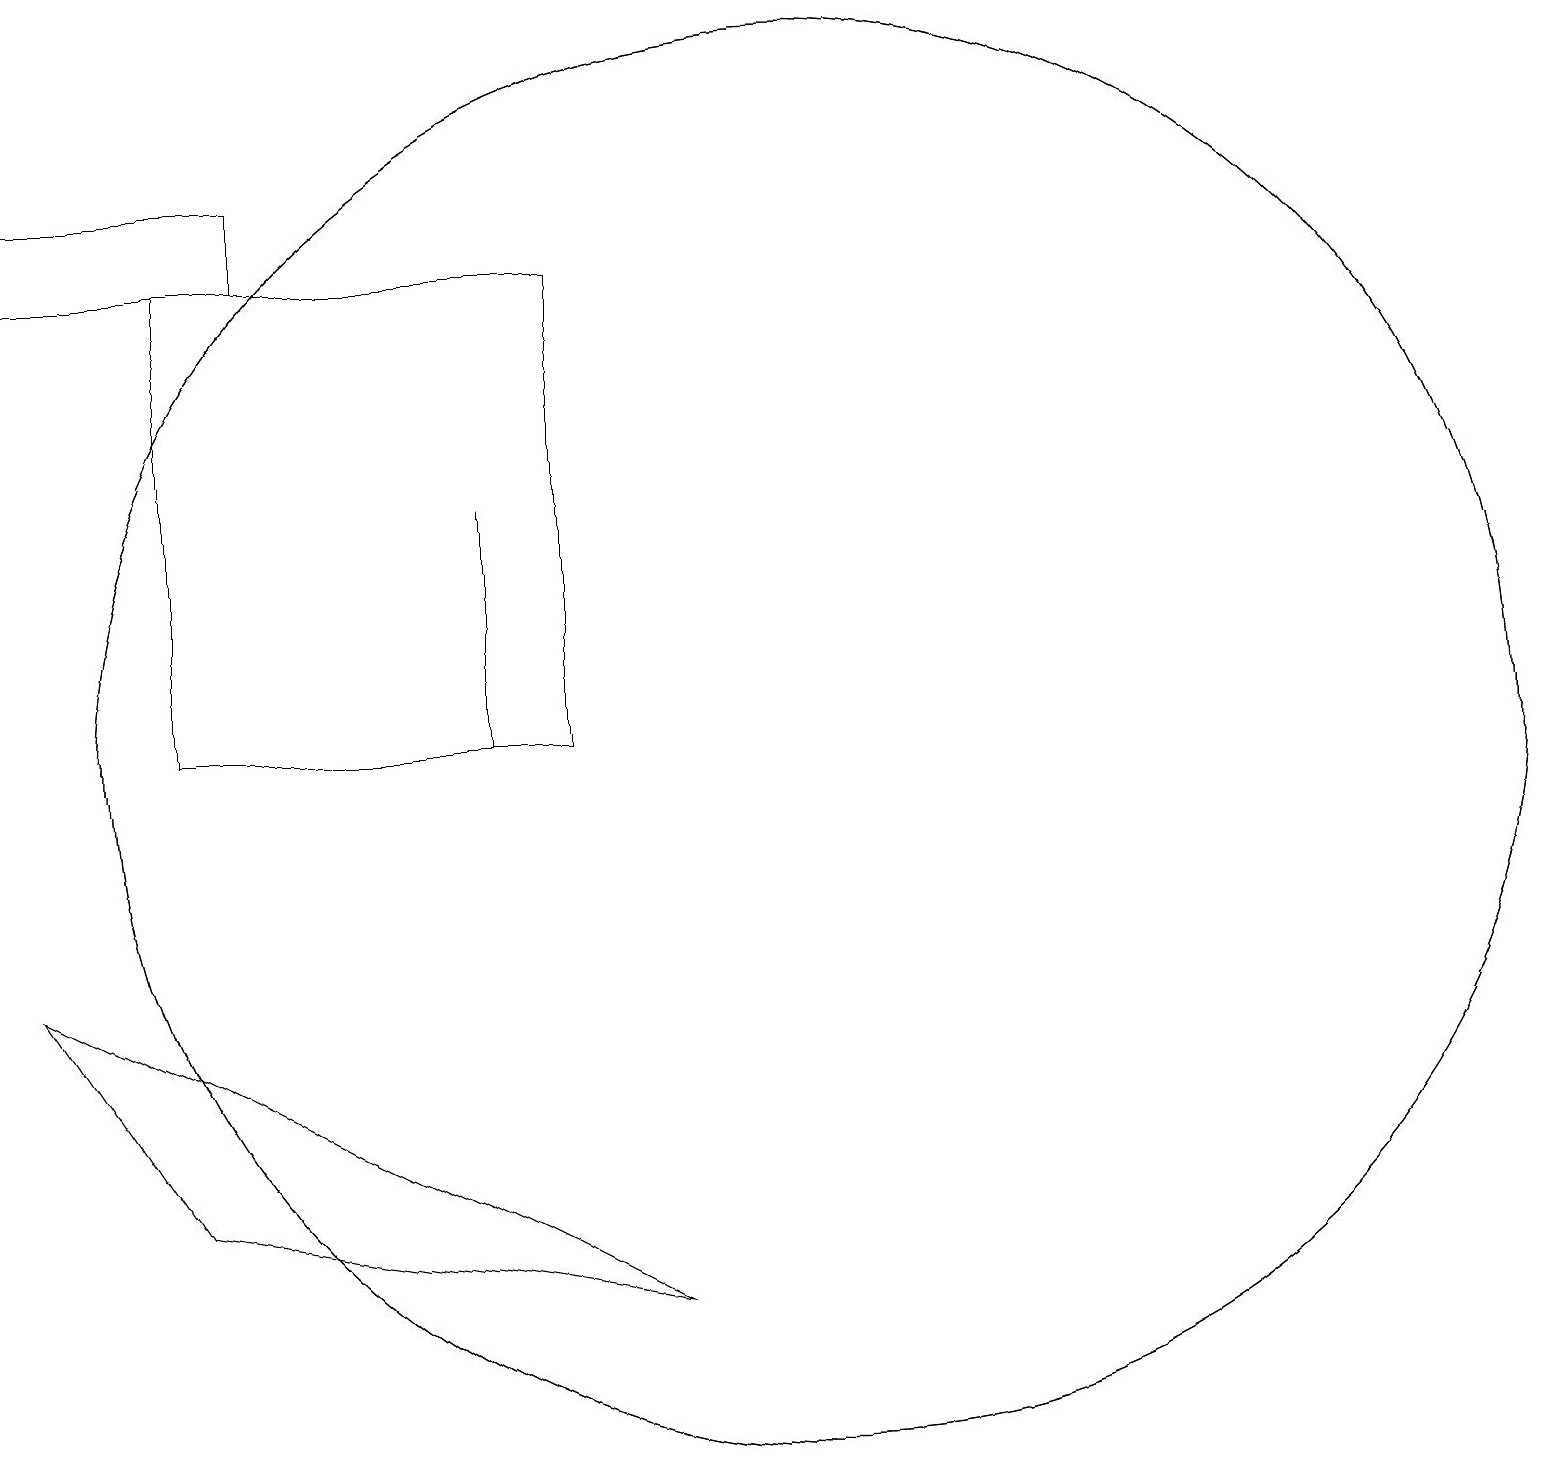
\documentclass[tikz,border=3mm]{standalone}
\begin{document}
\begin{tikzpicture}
\draw (0,17) rectangle (3,18);
\draw (10,11) circle (9);
\draw (10,11) circle (9);
\draw (7,17) rectangle (2,11);
\draw (6,11) rectangle (6,14);
\draw (0,8) -- (8,4) -- (2,5) -- cycle;
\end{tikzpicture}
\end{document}